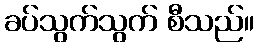
ခပ်သွက်သွက် စီသည်။